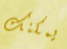
يمكنك